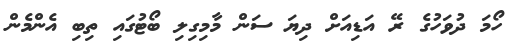
ހޯމަ ދުވަހުގެ ރޭ އަޑިއަށް ދިޔަ ސަން މާމިގިލި ބޯޓުގައި ތިބި އެންމެން